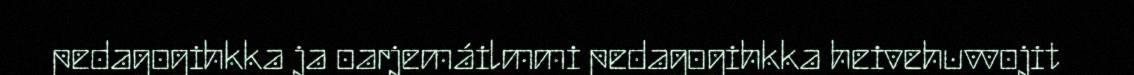
pedagogihkka ja oarjemáilmmi pedagogihkka heivehuvvojit